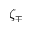
\zeta _ { \mp }